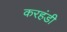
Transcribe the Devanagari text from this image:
करहंडी